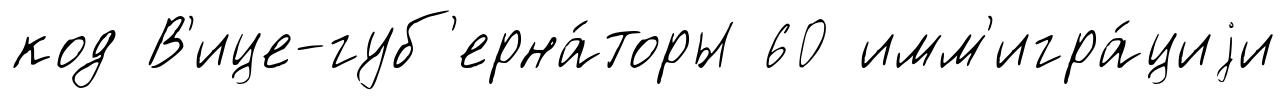
код В'ице-губ'ерна́торы 60 имм'игра́циjи